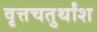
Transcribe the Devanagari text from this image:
वृत्तचतुर्थांश